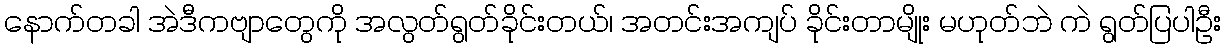
နောက်တခါ အဲဒီကဗျာတွေကို အလွတ်ရွတ်ခိုင်းတယ်၊ အတင်းအကျပ် ခိုင်းတာမျိုး မဟုတ်ဘဲ ကဲ ရွတ်ပြပါဦး